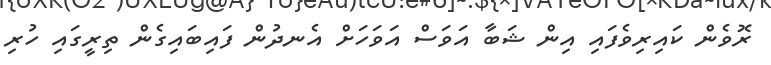
ރޮވެން ކައިރިވެފައި އިން ޝަބާ އަވަސް އަވަހަށް އެނދުން ފައިބައިގެން ތިރީގައި ހުރި